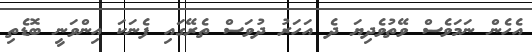
އެހެން ނަމަވެސް ވޭތުވެދިޔަ ދެ އަހަރު ދުވަސް ތެރޭގައި ފެނަކަ އިންވަނީ ބޮޑެތި